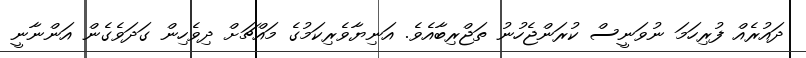
ދައުރެއް ފުރިހަމަ ނުވަނީސް ކުރަންޖެހުނު ތަޖްރިބާއެވެ. އަނިޔާވެރިކަމުގެ މައްޗަށް ދިވެހިން ގަދަވެގެން އަންނާނީ